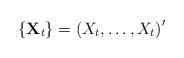
LaTeX: \begin{align*}\left\{ \mathbf{X}_{t}\right\} =\left( X_{t},\ldots ,X_{t}\right) ^{\prime }\end{align*}